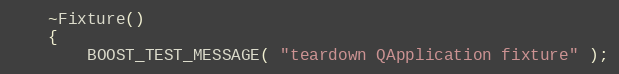
Language: C++
    ~Fixture()
    {
        BOOST_TEST_MESSAGE( "teardown QApplication fixture" );